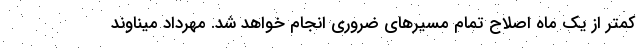
کمتر از یک ماه اصلاح تمام مسیرهای ضروری انجام خواهد شد. مهرداد میناوند